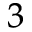
^ 3